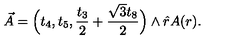
\vec { A } = \Big ( t _ { 4 } , t _ { 5 } , \frac { t _ { 3 } } { 2 } + \frac { \sqrt { 3 } t _ { 8 } } { 2 } \Big ) \wedge \hat { r } A ( r ) . \qquad